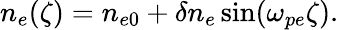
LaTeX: \begin{array}{r}{n_{e}(\zeta)=n_{e0}+\delta n_{e}\sin(\omega_{pe}\zeta).}\end{array}